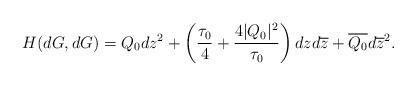
\begin{align*}H(dG,dG)=Q_0dz^2+\left(\frac{\tau_0}{4}+\frac{4|Q_0|^2}{\tau_0}\right)dzd\overline{z}+\overline{Q_0}d\overline{z}^2.\end{align*}